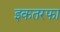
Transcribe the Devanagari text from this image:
इकतरफा